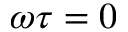
\omega \tau = 0